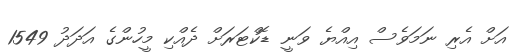
އަށް އެރި ނަމަވެސް އިއްޔެ ވަނީ ޑޮކްޓަރަށް ދެއްކި މީހުންގެ އަދަދު 1549